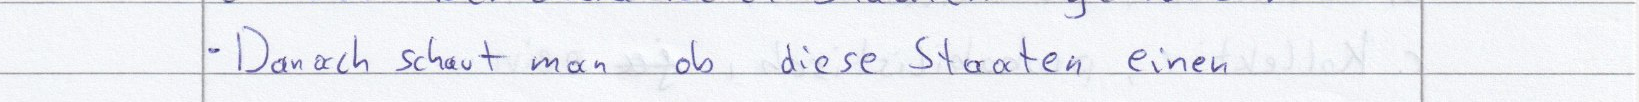
- Danach schaut man ob diese Staaten einen